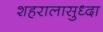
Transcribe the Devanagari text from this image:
शहरालासुध्दा